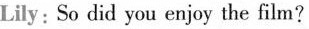
Lily: So did you enjoy the film?